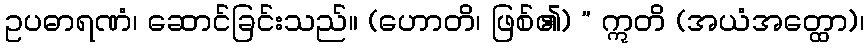
ဥပဓာရဏံ၊ ဆောင်ခြင်းသည်။ (ဟောတိ၊ ဖြစ်၏) ” ဣတိ (အယံအတ္ထော)၊